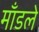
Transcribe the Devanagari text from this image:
माँडले